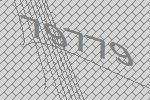
79779